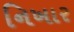
નિખાર